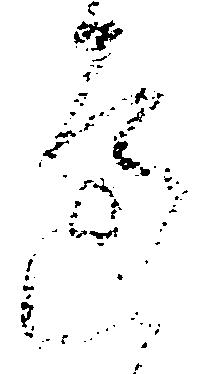
辺